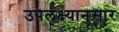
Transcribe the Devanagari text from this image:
उपलक्ष्यानुसार